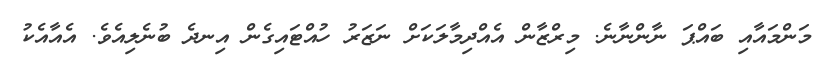
މަންމައާއި ބައްޕަ ނާންނާނެ. މިރްޒާން އެއްދިމާލަކަށް ނަޒަރު ހުއްޓައިގެން އިނދެ ބުނެލިއެވެ. އެއާއެކު